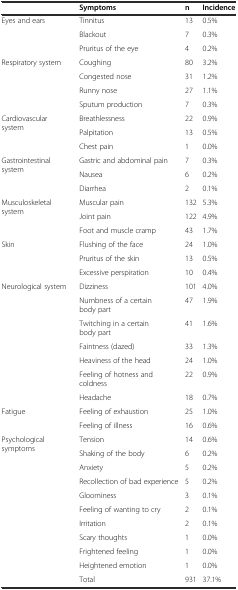
<table><thead><tr><td></td><td><b>Symptoms</b></td><td><b>n</b></td><td><b>Incidence</b></td></tr></thead><tbody><tr><td rowspan="3">Eyes and ears</td><td>Tinnitus</td><td>13</td><td>0.5%</td></tr><tr><td>Blackout</td><td>7</td><td>0.3%</td></tr><tr><td>Pruritus of the eye</td><td>4</td><td>0.2%</td></tr><tr><td rowspan="4">Respiratory system</td><td>Coughing</td><td>80</td><td>3.2%</td></tr><tr><td>Congested nose</td><td>31</td><td>1.2%</td></tr><tr><td>Runny nose</td><td>27</td><td>1.1%</td></tr><tr><td>Sputum production</td><td>7</td><td>0.3%</td></tr><tr><td rowspan="3">Cardiovascular system</td><td>Breathlessness</td><td>22</td><td>0.9%</td></tr><tr><td>Palpitation</td><td>13</td><td>0.5%</td></tr><tr><td>Chest pain</td><td>1</td><td>0.0%</td></tr><tr><td rowspan="3">Gastrointestinal system</td><td>Gastric and abdominal pain</td><td>7</td><td>0.3%</td></tr><tr><td>Nausea</td><td>6</td><td>0.2%</td></tr><tr><td>Diarrhea</td><td>2</td><td>0.1%</td></tr><tr><td rowspan="3">Musculoskeletal system</td><td>Muscular pain</td><td>132</td><td>5.3%</td></tr><tr><td>Joint pain</td><td>122</td><td>4.9%</td></tr><tr><td>Foot and muscle cramp</td><td>43</td><td>1.7%</td></tr><tr><td rowspan="3">Skin</td><td>Flushing of the face</td><td>24</td><td>1.0%</td></tr><tr><td>Pruritus of the skin</td><td>13</td><td>0.5%</td></tr><tr><td>Excessive perspiration</td><td>10</td><td>0.4%</td></tr><tr><td rowspan="7">Neurological system</td><td>Dizziness</td><td>101</td><td>4.0%</td></tr><tr><td>Numbness of a certain body part</td><td>47</td><td>1.9%</td></tr><tr><td>Twitching in a certain body part</td><td>41</td><td>1.6%</td></tr><tr><td>Faintness (dazed)</td><td>33</td><td>1.3%</td></tr><tr><td>Heaviness of the head</td><td>24</td><td>1.0%</td></tr><tr><td>Feeling of hotness and coldness</td><td>22</td><td>0.9%</td></tr><tr><td>Headache</td><td>18</td><td>0.7%</td></tr><tr><td rowspan="2">Fatigue</td><td>Feeling of exhaustion</td><td>25</td><td>1.0%</td></tr><tr><td>Feeling of illness</td><td>16</td><td>0.6%</td></tr><tr><td rowspan="10">Psychological symptoms</td><td>Tension</td><td>14</td><td>0.6%</td></tr><tr><td>Shaking of the body</td><td>6</td><td>0.2%</td></tr><tr><td>Anxiety</td><td>5</td><td>0.2%</td></tr><tr><td>Recollection of bad experience</td><td>5</td><td>0.2%</td></tr><tr><td>Gloominess</td><td>3</td><td>0.1%</td></tr><tr><td>Feeling of wanting to cry</td><td>2</td><td>0.1%</td></tr><tr><td>Irritation</td><td>2</td><td>0.1%</td></tr><tr><td>Scary thoughts</td><td>1</td><td>0.0%</td></tr><tr><td>Frightened feeling</td><td>1</td><td>0.0%</td></tr><tr><td>Heightened emotion</td><td>1</td><td>0.0%</td></tr><tr><td></td><td>Total</td><td>931</td><td>37.1%</td></tr></tbody></table>